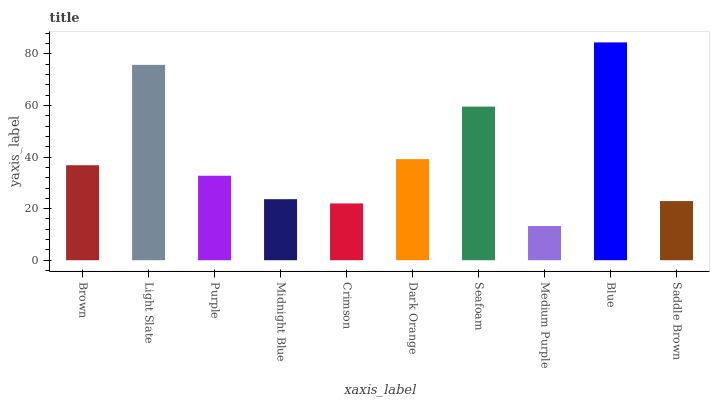
| xaxis_label | bars |
 | --- | --- |
 | Brown | 36.8 |
 | Light Slate | 75.8 |
 | Purple | 32.8 |
 | Midnight Blue | 23.7 |
 | Crimson | 22 |
 | Dark Orange | 39.2 |
 | Seafoam | 59.6 |
 | Medium Purple | 13.3 |
 | Blue | 84.5 |
 | Saddle Brown | 22.9 |